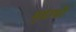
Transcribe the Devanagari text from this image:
मुद्राद्यौ